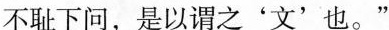
不耻下问，是以谓之'文'也。”